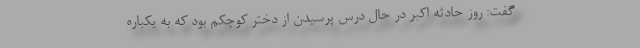
گفت: روز حادثه اکبر در حال درس پرسیدن از دختر کوچکم بود که به یکباره